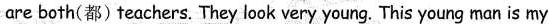
are both(都)teachers. They look very young. This young man is my